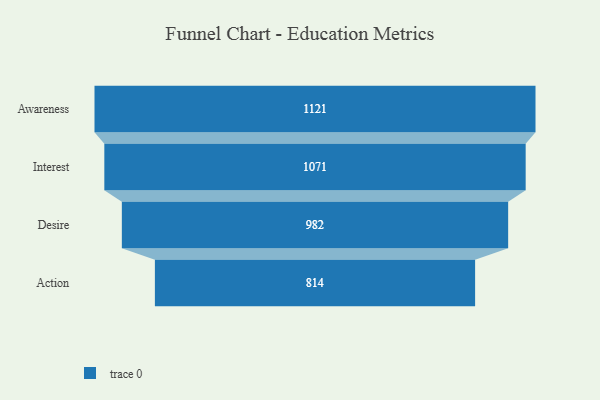
{"axis": {"x": "Stage", "y": "Value"}, "legend": [""], "data": [{"x": "Awareness", "y": 1121.0, "type": ""}, {"x": "Interest", "y": 1071.0, "type": ""}, {"x": "Desire", "y": 982.0, "type": ""}, {"x": "Action", "y": 814.0, "type": ""}]}